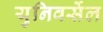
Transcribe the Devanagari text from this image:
युनिवर्सेल